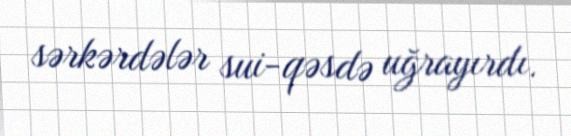
sərkərdələr sui-qəsdə uğrayırdı.